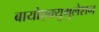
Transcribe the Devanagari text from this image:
बायोएक्युमुलेशन